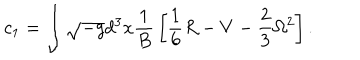
LaTeX: c _ { 1 } = \int \sqrt { - g } d ^ { 3 } x { \frac { 1 } { B } } \left[ \frac 1 6 R - V - \frac 2 3 \Omega ^ { 2 } \right] .